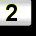
Digit: 2